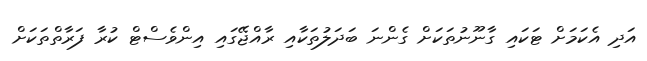
އަދި އެކަމަށް ޓަކައި ގާނޫނުތަކަށް ގެންނަ ބަދަލުތަކާއި ރާއްޖޭގައި އިންވެސްޓް ކުރާ ފަރާތްތަކަށް